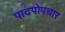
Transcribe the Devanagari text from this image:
पादपोपचार